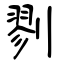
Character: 剹